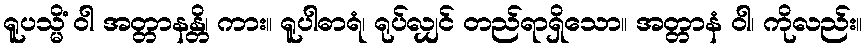
ရူပသ္မိံ ဝါ အတ္တာနန္တိ၊ ကား။ ရူပါဓာရံ၊ ရုပ်လျှင် တည်ရာရှိသော။ အတ္တာနံ ဝါ၊ ကိုလည်း။